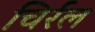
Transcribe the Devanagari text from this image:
चिर्रल